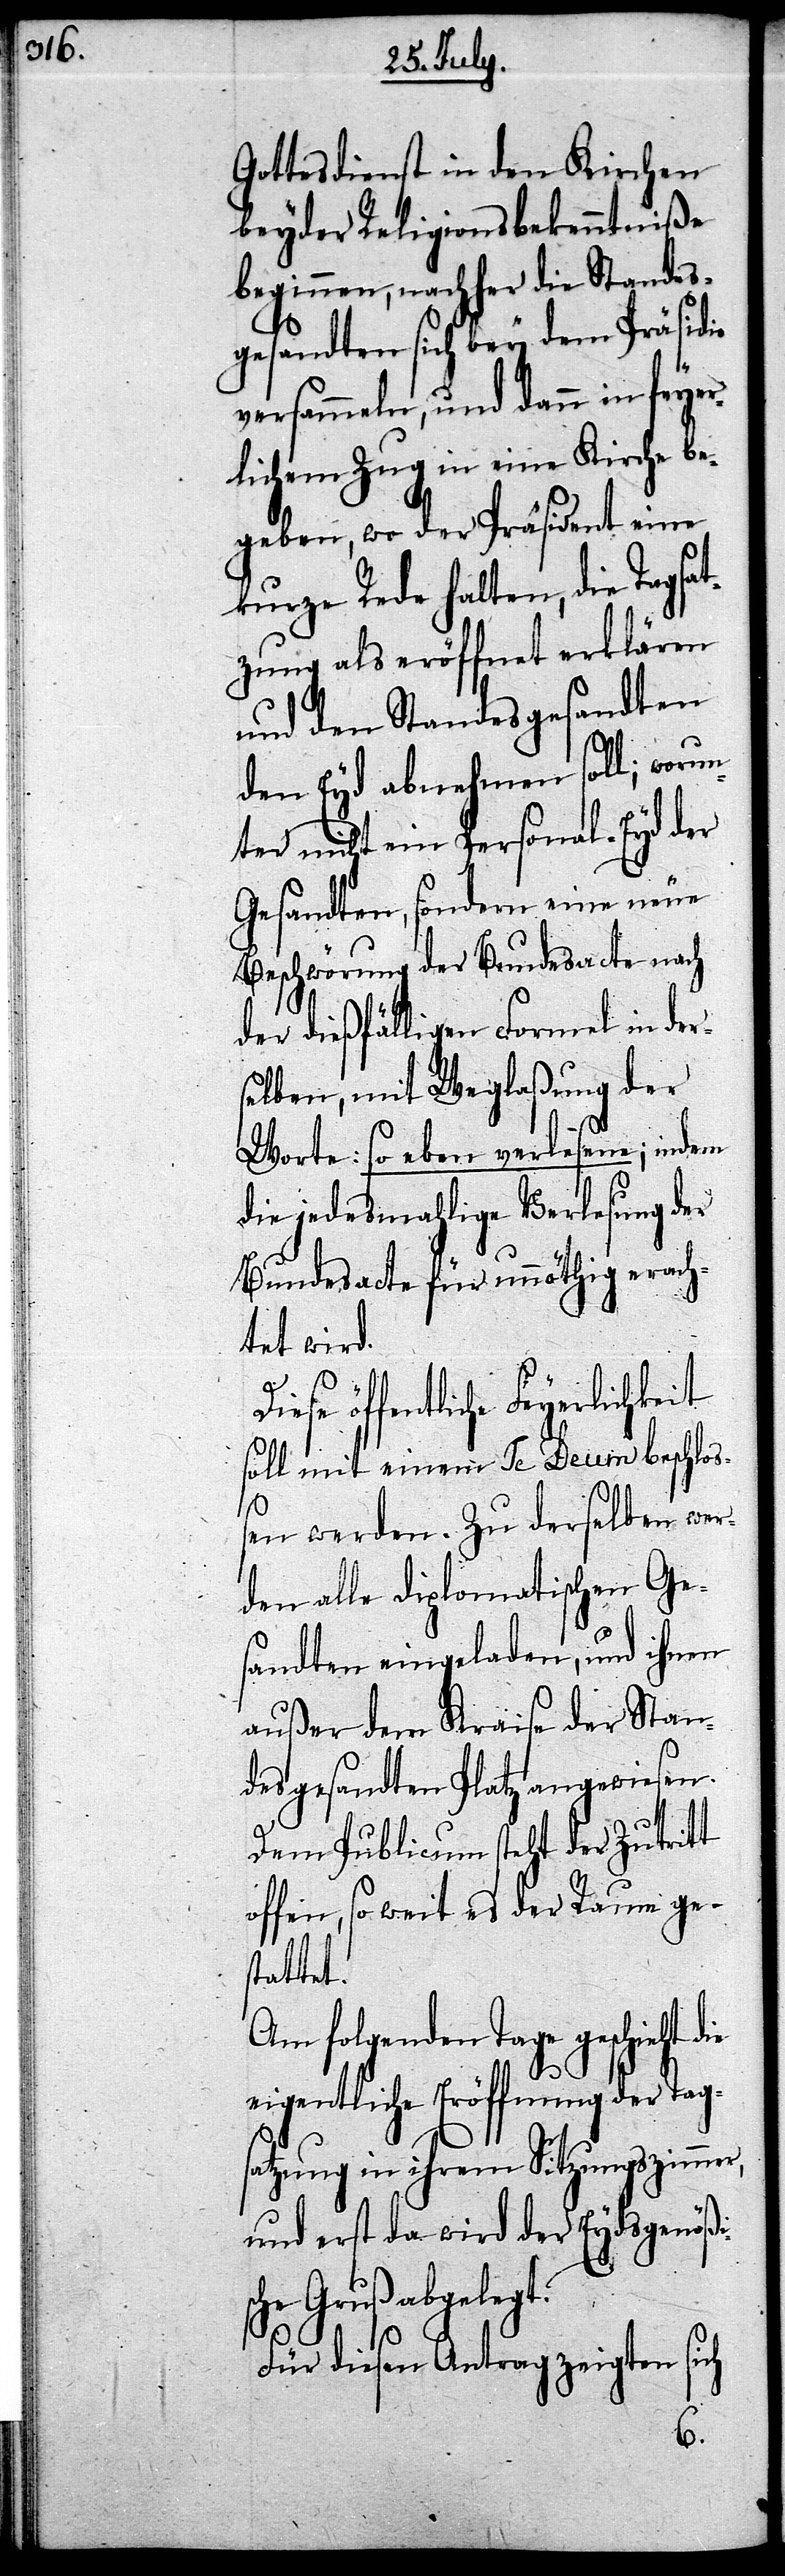
Gottesdienst in den Kirchen
beyder Religionsbekenntniße
beginnen, nachher die Standes¬
gesandten sich bey dem Präsidio
versammeln, und dann in feyer¬
lichem Zug in eine Kirche be¬
geben, wo der Präsident eine
kurze Rede halten, die Tagsat¬
zung als eröffnet erklären
und den Standesgesandten
den Eyd abnehmen soll; worun¬
ter nicht ein Personal-Eyd der
Gesandten, sondern eine neue
Beschwörung der Bundesacte nach
der dießfälligen Formel in der¬
selben, mit Weglaßung der
Worte: so eben verlesene; indem
die jedesmahlige Verlesung der
Bundesacte für unnöthig erach¬
tet wird.
Diese öffentliche Feyerlichkeit
soll mit einem Te Deum beschloß¬
en werden. Zu derselben wer¬
den alle diplomatischen Ge¬
sandten eingeladen, und ihnen
außer dem Kraise der Stan¬
desgesandten Platz angewiesen.
Dem Publicum seht der Zutritt
offen, so weit es der Raum ges¬
tattet.
Am folgenden Tage geschieht d¬
eigentliche Eröffnung der Tags¬
atzung in ihrem Sitzungszimmer,
und erst da wird der Eydsgenößis¬
che Gruß abgelegt.
ie
Für diesen Antrag zeigten sich